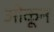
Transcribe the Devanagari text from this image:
ओकून